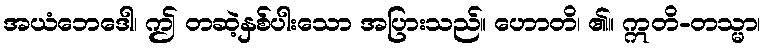
အယံဘေဒေါ၊ ဤ တဆဲ့နှစ်ပါးသော အပြားသည်။ ဟောတိ၊ ၏။ ဣတိ-တသ္မာ၊